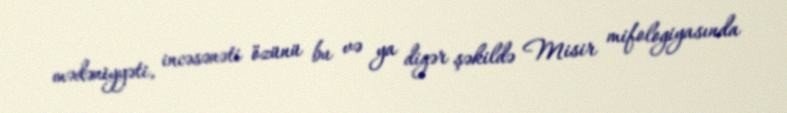
mədəniyyəti, incəsənəti özünü bu və ya digər şəkildə Misir mifologiyasında